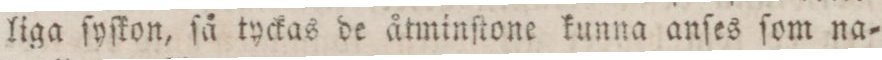
liga ſyſkon, ſå tyckas de åtminſtone kunna anſes ſom na=